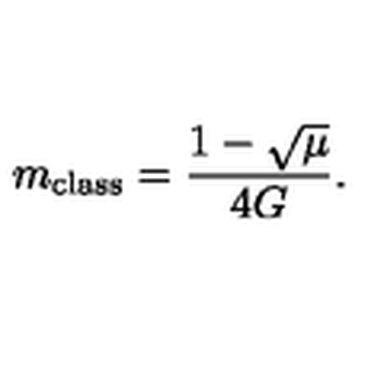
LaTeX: m _ { \mathrm { c l a s s } } = \frac { 1 - \sqrt { \mu } } { 4 G } .